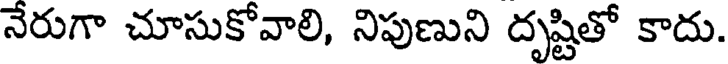
నేరుగా చూసుకోవాలి, నిపుణుని దృష్టితో కాదు.